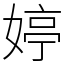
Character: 婷